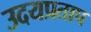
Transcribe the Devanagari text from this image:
उदयप्रताप